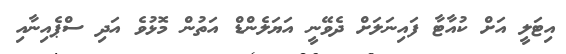
އިޓަލީ އަށް ކުއާޓާ ފައިނަލަށް ދެވޭނީ އަޔަލެންޑް އަތުން މޮޅުވެ އަދި ސްޕެއިނާއި